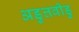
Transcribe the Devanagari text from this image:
अडुत्तवीडु